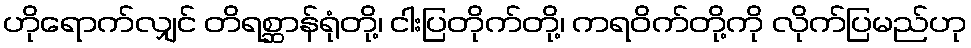
ဟိုရောက်လျှင် တိရစ္ဆာန်ရုံတို့၊ ငါးပြတိုက်တို့၊ ကရဝိက်တို့ကို လိုက်ပြမည်ဟု